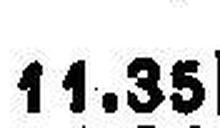
11.35